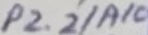
Text: P2.2/A10